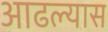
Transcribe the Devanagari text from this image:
आढल्यास